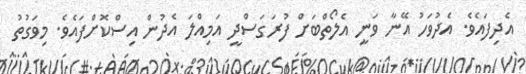
އެދިފައެވެ. އެދުވަހު އޭނާ ވަނީ އެލޯތްބަށް ފުރަގަސްދީ އަމިއްލަ އެދުން އިސްކޮށްފައެވެ. މިވަގުތު